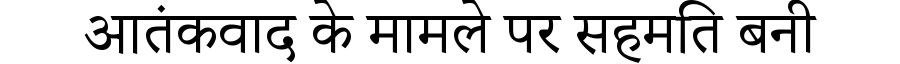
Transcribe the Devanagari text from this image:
आतंकवाद के मामले पर सहमति बनी